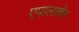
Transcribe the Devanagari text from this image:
एपालाचेन